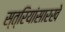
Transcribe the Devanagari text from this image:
स्त्रियांसारखे